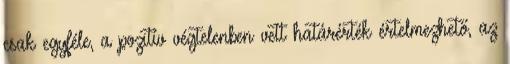
csak egyféle, a pozitív végtelenben vett határérték értelmezhető, az